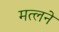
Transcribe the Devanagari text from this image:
मत्लने